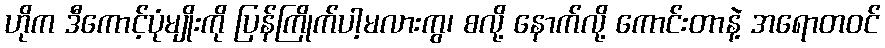
ဟိုက ဒီကောင့်ပုံမျိုးကို ပြန်ကြိုက်ပါ့မလားကွ၊ စလို့ နောက်လို့ ကောင်းတာနဲ့ အရောတဝင်